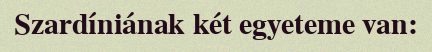
Szardíniának két egyeteme van: